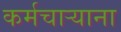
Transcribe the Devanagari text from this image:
कर्मचार्‍याना